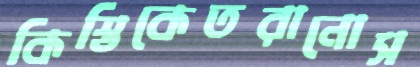
কিস্তিকেতরানোস